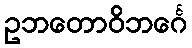
ဥဘတောဝိဘင်္ဂေ